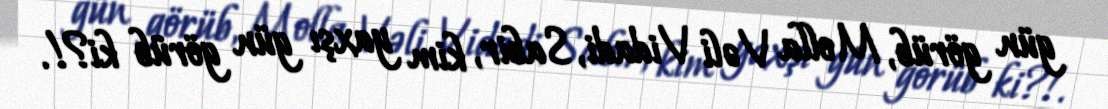
gün görüb, Molla Vəli Vidadi, Sabir, kim yaxşı gün görüb ki?!.